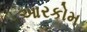
આરકોમ